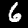
Label: 6